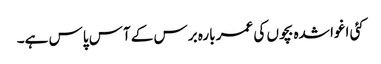
کئی اغوا شدہ بچوں کی عمر بارہ برس کے آس پاس ہے۔